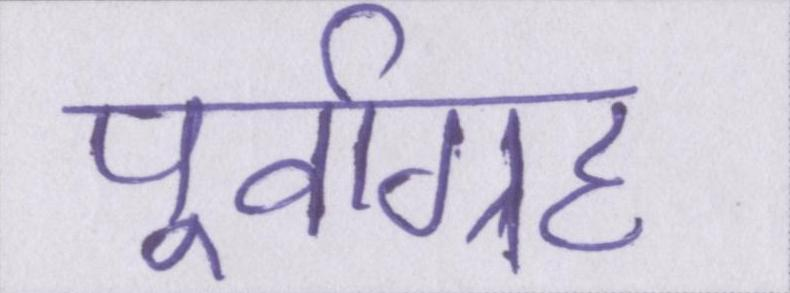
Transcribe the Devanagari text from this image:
पूर्वाग्रह